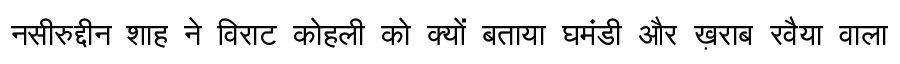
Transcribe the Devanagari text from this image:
नसीरुद्दीन शाह ने विराट कोहली को क्यों बताया घमंडी और ख़राब रवैया वाला